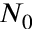
N _ { 0 }